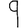
Digit: 9